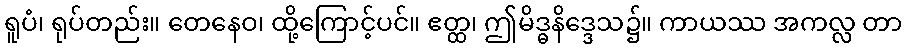
ရူပံ၊ ရုပ်တည်း။ တေနေဝ၊ ထို့ကြောင့်ပင်။ ဧတ္ထ၊ ဤမိဒ္ဓနိဒ္ဒေသ၌။ ကာယဿ အကလ္လ တာ